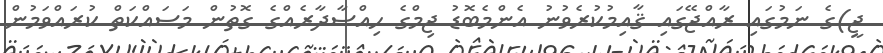
ޖީ)ގެ ނަމުގައި ރާއްޖޭގައި ޤާއިމުކުރެވުނު އެންމެބޮޑު ޖިމްގެ ޙިއްޞާދާރެއްގެ ގޮތުން މަސައްކަތް ކުރައްވަމުން